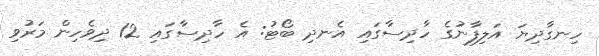
ހިނގާދިޔަ އަލިފާނުގެ ހާދިސާގައި އެނދި ބޯޓު: އެ ހާދިސާގައި 12 ދިވެހިން މަރުވި